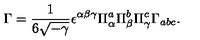
\Gamma = \frac { 1 } { 6 \sqrt { - \gamma } } \epsilon ^ { \alpha \beta \gamma } \Pi _ { \alpha } ^ { a } \Pi _ { \beta } ^ { b } \Pi _ { \gamma } ^ { c } \Gamma _ { a b c } .